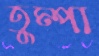
তুম্পা